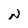
Character: N